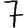
Digit: 7